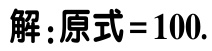
解：原式 = 100.